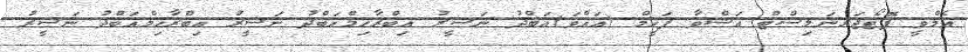
އެމްވީ ފޮޓޯޖަރނަލިސްޓް އަޝްވާ ފަހީމް (އައްވަ)އަބްދު ނަސީރު އިބްރާހިމްއަބްދު ނަސީރު އިބްރާހިމްއަބްދު ނަސީރު